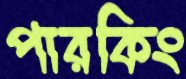
পারকিং